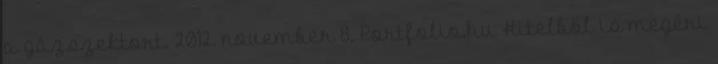
a gázszektort. 2012. november 8. Portfolio.hu Hitelből is megéri